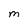
Character: M